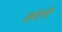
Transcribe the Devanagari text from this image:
तंरगें